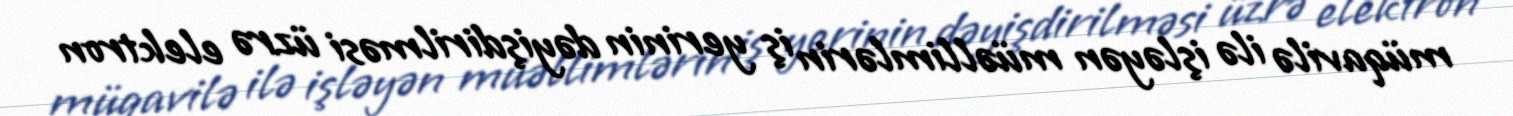
müqavilə ilə işləyən müəllimlərin iş yerinin dəyişdirilməsi üzrə elektron